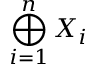
\bigoplus _ { i = 1 } ^ { n } X _ { i }